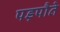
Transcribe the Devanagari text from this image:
पड़पौते